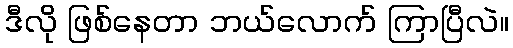
ဒီလို ဖြစ်နေတာ ဘယ်လောက် ကြာပြီလဲ။